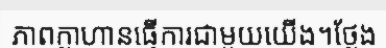
ភាពក្លាហានធ្វើការជាមួយយើង។ថ្លែង